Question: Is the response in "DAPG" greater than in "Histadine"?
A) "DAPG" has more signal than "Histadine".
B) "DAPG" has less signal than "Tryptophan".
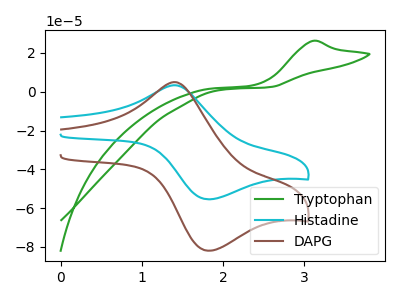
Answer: <think>The green curve "Tryptophan" has an anodic peak at: (3.10V, 26.20uA). The cyan curve "Histadine" has an anodic peak at (1.40V, 3.35uA) and a cathodic peak at (1.85V, -55.45uA). The brown curve "DAPG" has an anodic peak at (1.40V, 4.90uA) and a cathodic peak at (1.85V, -81.95uA).
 All the peaks in "DAPG" have a peak in "Histadine" at the same potential. Every peak in "DAPG" is higher than every peak in "Histadine".</think>
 <answer>A) "DAPG" has more signal than "Histadine".</answer>
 <eval>A</eval>